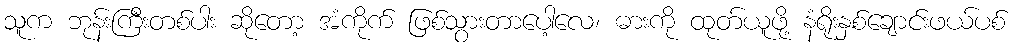
သူက ဘုန်းကြီးတစ်ပါး ဆိုတော့ အံကိုက် ဖြစ်သွားတာပေါ့လေ၊ ဓားကို ထုတ်ယူဖို့ နံရိုးနှစ်ချောင်းဖယ်ပစ်